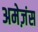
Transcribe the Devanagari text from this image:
अमेज़ंस